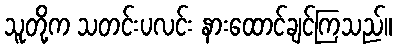
သူတို့က သတင်းပလင်း နားထောင်ချင်ကြသည်။